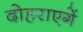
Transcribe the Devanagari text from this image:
दोहराएगें